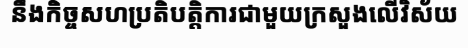
នឹងកិច្ចសហប្រតិបត្តិការជាមួយក្រសួងលើវិស័យ